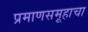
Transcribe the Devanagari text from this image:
प्रमाणसमूहाचा